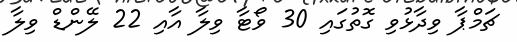
ޗަމްޕާ ވިދާޅުވި ގޮތުގައި 30 ވޯޓާ ވިލާ އާއި 22 ލޭންޑް ވިލާ